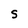
Character: S